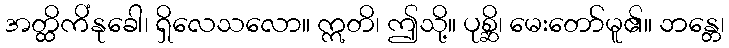
အတ္ထိကိံနုခေါ၊ ရှိလေသလော။ ဣတိ၊ ဤသို့။ ပုစ္ဆိ၊ မေးတော်မူ၏။ ဘန္တေ၊